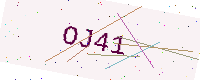
Text: OJ41